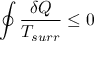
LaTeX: \oint { \frac { \delta Q } { T _ { s u r r } } } \leq 0